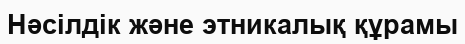
Нәсілдік және этникалық құрамы